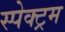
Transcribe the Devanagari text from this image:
स्‍पेक्‍ट्रम